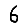
Digit: 6